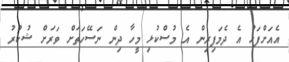
އެއަށްފަހު އެ ދެމަފިރިން އެ މުސްކުޅި މީހާ ދިން ނަސޭހަތަށް ވަރަށް ޝުކުރު